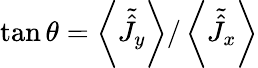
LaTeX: \tan\theta=\left\langle\tilde{\hat{J}}_{y}\right\rangle/\left\langle\tilde{\hat{J}}_{x}\right\rangle